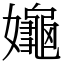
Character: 䶯